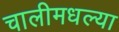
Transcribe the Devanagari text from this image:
चालीमधल्या